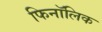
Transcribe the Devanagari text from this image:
फिनॉलिक